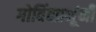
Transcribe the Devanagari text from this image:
गोविंदप्रभूंनी